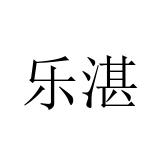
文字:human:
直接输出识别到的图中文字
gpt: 乐湛